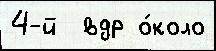
4-й  вдр о́коло